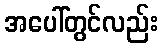
အပေါ်တွင်လည်း